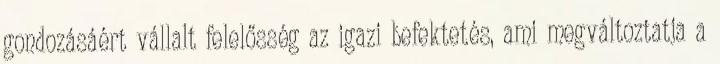
gondozásáért vállalt felelősség az igazi befektetés, ami megváltoztatja a